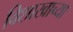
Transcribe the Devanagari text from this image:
विशाखाच्या